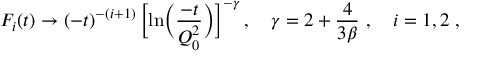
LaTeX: F _ { i } ( t ) \to ( - t ) ^ { - ( i + 1 ) } \, \biggl [ \ln \biggl ( \frac { - t } { Q _ { 0 } ^ { 2 } } \biggr ) \biggr ] ^ { - \gamma } \, , \quad \gamma = 2 + \frac { 4 } { 3 \beta } \, \, , \quad i = 1 , 2 \, \, ,